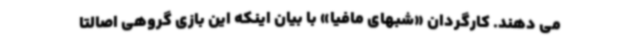
می دهند. کارگردان «شبهای مافیا» با بیان اینکه این بازی گروهی اصالتا